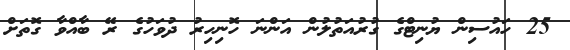
25 ހައުސިން ޔުނިޓްގެ ގުރުއަތުލުން އަންނަ ހޮނިހިރު ދުވަހުގެ ރޭ ބާއްވާ ގޮތަށް